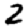
Digit: 2